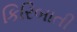
કિરિબાતી